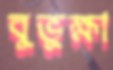
বুভুক্ষা